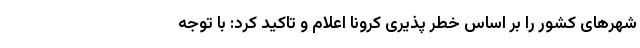
شهرهای کشور را بر اساس خطر پذیری کرونا اعلام و تاکید کرد: با توجه